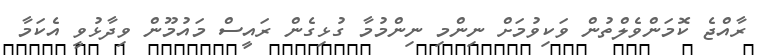
ރާއްޖެ ކޮމަންވެލްތުން ވަކިވުމަށް ނިންމި ނިންމުމާ ގުޅިގެން ރައީސް މައުމޫން ވިދާޅުވީ އެކަމާ